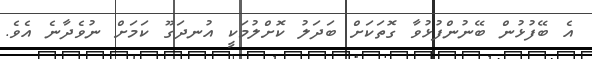
އެ ބޭފުޅުން ބޭނުންފުޅުވާ ގޮތަކަށް ބަދަލު ކޮށްލުމަކީ އުނދަގޫ ކަމަށް ނުވެދާނެ އެވެ.